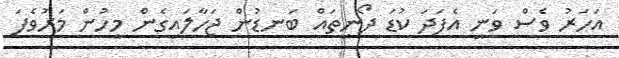
އަހަރު ވެސް ވަނީ އެފަދަ ކުޑަ ދޯނިތައް ބަނޑުން ޖަހާލައިގެން މީހުން މަރުވެފަ